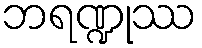
ဘရဏ္ဍုဿ